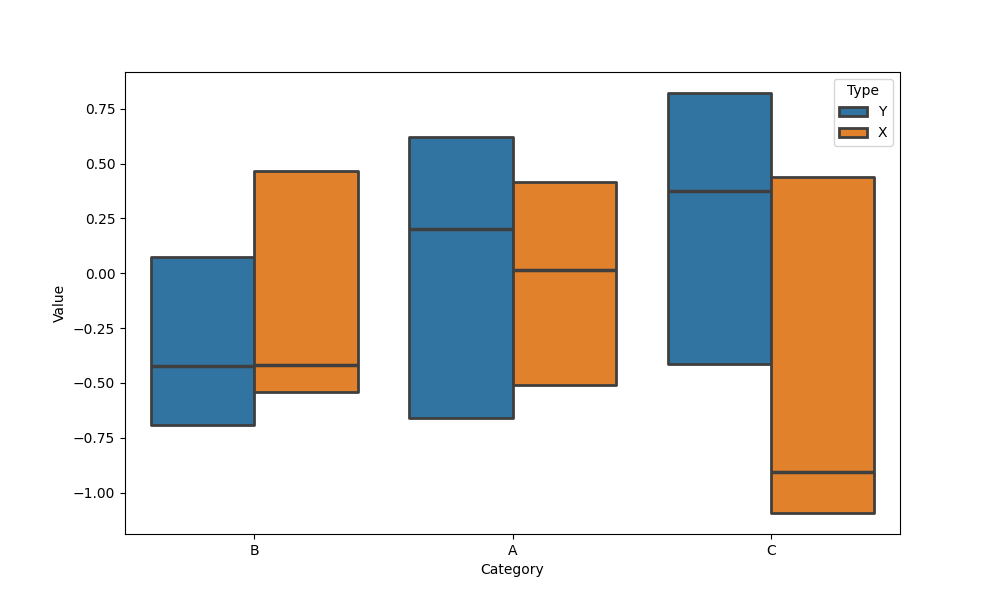
python, seaborn, boxenplot, k_depth='tukey', linewidth=2, scale='linear', outlier_prop=0.2, showfliers=False